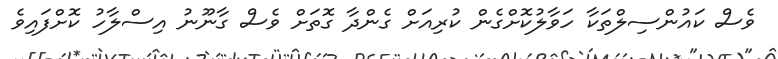
ވެސް ކައުންސިލްތަކާ ހަވާލުކޮށްގެން ކުރިއަށް ގެންދާ ގޮތަށް ވެސް ގާނޫނު އިސްލާހު ކޮށްފައިވެ